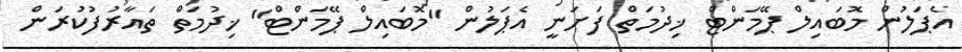
އެޕަލުން މޮބައިލް ޕޭމަންޓް ޚިދުމަތް ފަށަނީ އެޕަލުން "މޮބައިލް ޕޭމަންޓް" ޚިދުމަތް ތައާރުފުކުރަން